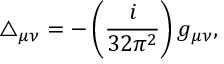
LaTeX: \triangle _ { \mu \nu } = - \left( \frac { i } { 3 2 \pi ^ { 2 } } \right) g _ { \mu \nu } ,